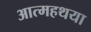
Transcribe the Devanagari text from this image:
आत्महथया